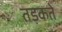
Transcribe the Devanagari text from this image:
तड़कते